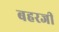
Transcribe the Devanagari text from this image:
बहरजी